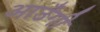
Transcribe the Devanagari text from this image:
आउँगी